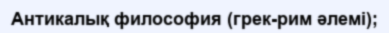
Антикалық философия (грек-рим әлемі);